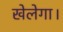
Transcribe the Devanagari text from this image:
खेलेगा।